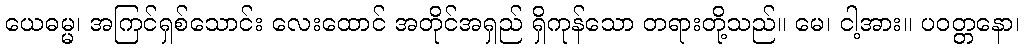
ယေဓမ္မ၊ အကြင်ရှစ်သောင်း လေးထောင် အတိုင်အရှည် ရှိကုန်သော တရားတို့သည်။ မေ၊ ငါ့အား။ ပဝတ္တနော၊